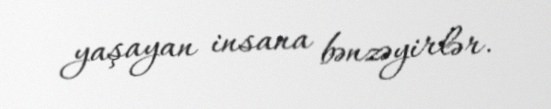
yaşayan insana bənzəyirlər.